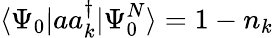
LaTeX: \langle\Psi_{0}|aa_{k}^{\dagger}|\Psi_{0}^{N}\rangle=1-n_{k}